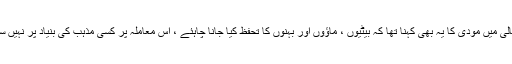
بنڈیل کھنڈ ریالی میں مودی کا یہ بھی کہنا تھا کہ بیٹیوں ، ماؤوں اور بہنوں کا تحفظ کیا جانا چاہئے ، اس معاملہ پر کسی مذہب کی بنیاد پر نہیں سوچنا چاہئے ۔